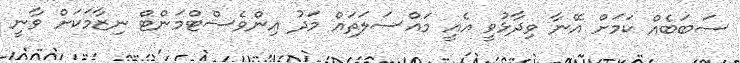
ސަބަބެއް ކަމަށް އޭނާ ވިދާޅުވީ އެއީ މައްސަލަތައް މަދު އިންވެސްޓްމަންޓް ނިޒާމަކަށް ވާނީ